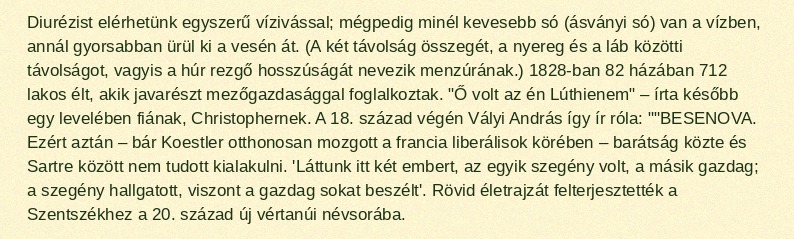
Diurézist elérhetünk egyszerű vízivással; mégpedig minél kevesebb só (ásványi só) van a vízben, annál gyorsabban ürül ki a vesén át. (A két távolság összegét, a nyereg és a láb közötti távolságot, vagyis a húr rezgő hosszúságát nevezik menzúrának.) 1828-ban 82 házában 712 lakos élt, akik javarészt mezőgazdasággal foglalkoztak. "Ő volt az én Lúthienem" – írta később egy levelében fiának, Christophernek. A 18. század végén Vályi András így ír róla: ""BESENOVA. Ezért aztán – bár Koestler otthonosan mozgott a francia liberálisok körében – barátság közte és Sartre között nem tudott kialakulni. 'Láttunk itt két embert, az egyik szegény volt, a másik gazdag; a szegény hallgatott, viszont a gazdag sokat beszélt'. Rövid életrajzát felterjesztették a Szentszékhez a 20. század új vértanúi névsorába.